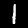
Label: 1